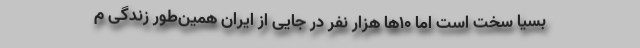
بسیا سخت است اما ۱۰‌ها هزار نفر در جایی از ایران همین‌طور زندگی م